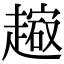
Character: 𧽔